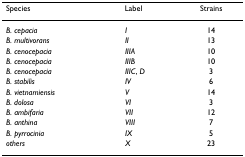
<table><thead><tr><td><b>Species</b></td><td><b>Label</b></td><td><b>Strains</b></td></tr></thead><tbody><tr><td><i>B. cepacia</i></td><td><i>I</i></td><td>14</td></tr><tr><td><i>B. multivorans</i></td><td><i>II</i></td><td>13</td></tr><tr><td><i>B. cenocepacia</i></td><td><i>IIIA</i></td><td>10</td></tr><tr><td><i>B. cenocepacia</i></td><td><i>IIIB</i></td><td>10</td></tr><tr><td><i>B. cenocepacia</i></td><td><i>IIIC</i>, <i>D</i></td><td>3</td></tr><tr><td><i>B. stabilis</i></td><td><i>IV</i></td><td>6</td></tr><tr><td><i>B. vietnamiensis</i></td><td><i>V</i></td><td>14</td></tr><tr><td><i>B. dolosa</i></td><td><i>VI</i></td><td>3</td></tr><tr><td><i>B. ambifaria</i></td><td><i>VII</i></td><td>12</td></tr><tr><td><i>B. anthina</i></td><td><i>VIII</i></td><td>7</td></tr><tr><td><i>B. pyrrocinia</i></td><td><i>IX</i></td><td>5</td></tr><tr><td><i>others</i></td><td><i>X</i></td><td>23</td></tr></tbody></table>